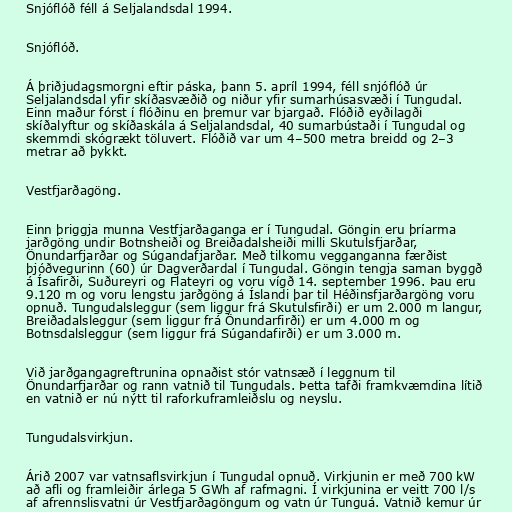
Snjóflóð féll á Seljalandsdal 1994.

Snjóflóð.

Á þriðjudagsmorgni eftir páska, þann 5. apríl 1994, féll snjóflóð úr
Seljalandsdal yfir skíðasvæðið og niður yfir sumarhúsasvæði í Tungudal.
Einn maður fórst í flóðinu en þremur var bjargað. Flóðið eyðilagði
skíðalyftur og skíðaskála á Seljalandsdal, 40 sumarbústaði í Tungudal og
skemmdi skógrækt töluvert. Flóðið var um 4–500 metra breidd og 2–3
metrar að þykkt.

Vestfjarðagöng.

Einn þriggja munna Vestfjarðaganga er í Tungudal. Göngin eru þríarma
jarðgöng undir Botnsheiði og Breiðadalsheiði milli Skutulsfjarðar,
Önundarfjarðar og Súgandafjarðar. Með tilkomu vegganganna færðist
þjóðvegurinn (60) úr Dagverðardal í Tungudal. Göngin tengja saman byggð
á Ísafirði, Suðureyri og Flateyri og voru vígð 14. september 1996. Þau eru
9.120 m og voru lengstu jarðgöng á Íslandi þar til Héðinsfjarðargöng voru
opnuð. Tungudalsleggur (sem liggur frá Skutulsfirði) er um 2.000 m langur,
Breiðadalsleggur (sem liggur frá Önundarfirði) er um 4.000 m og
Botnsdalsleggur (sem liggur frá Súgandafirði) er um 3.000 m.

Við jarðgangagreftrunina opnaðist stór vatnsæð í leggnum til
Önundarfjarðar og rann vatnið til Tungudals. Þetta tafði framkvæmdina lítið
en vatnið er nú nýtt til raforkuframleiðslu og neyslu.

Tungudalsvirkjun.

Árið 2007 var vatnsaflsvirkjun í Tungudal opnuð. Virkjunin er með 700 kW
að afli og framleiðir árlega 5 GWh af rafmagni. Í virkjunina er veitt 700 l/s
af afrennslisvatni úr Vestfjarðagöngum og vatn úr Tunguá. Vatnið kemur úr